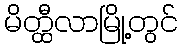
မိတ္ထီလာမြို့တွင်